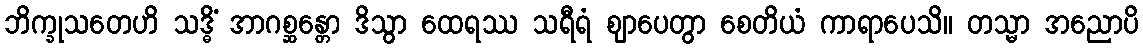
ဘိက္ခုသတေဟိ သဒ္ဓိံ အာဂစ္ဆန္တော ဒိသွာ ထေရဿ သရီရံ ဈာပေတွာ စေတိယံ ကာရာပေသိ။ တသ္မာ အညောပိ